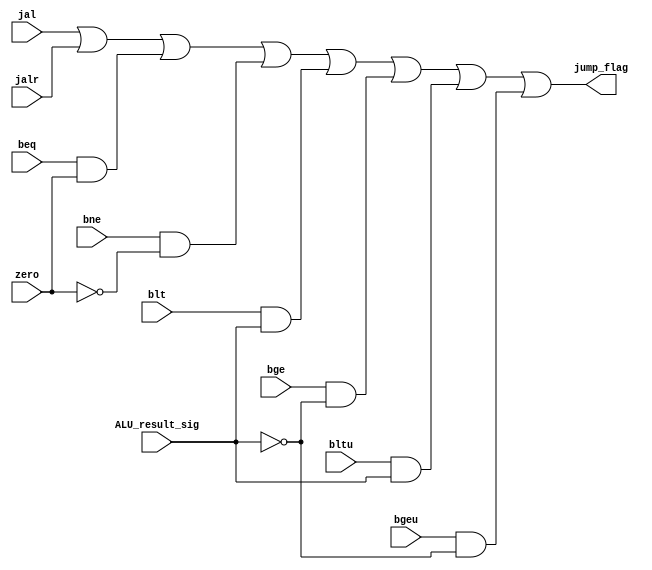
module branch_judge(
  input 	wire	beq,
  input 	wire	bne,
  input 	wire	blt,
  input 	wire	bge,
  input 	wire	bltu,
  input 	wire	bgeu,
  input 	wire	jal,
  input 	wire	jalr,
  input 	wire	zero,
  input 	wire	ALU_result_sig,
  
  output jump_flag
);
	
  assign jump_flag = 	jal | jalr |
						(beq && zero)|
						(bne && (!zero))|
						(blt && ALU_result_sig)|
						(bge && (!ALU_result_sig))|
						(bltu && ALU_result_sig)|
						(bgeu && (!ALU_result_sig));

endmodule